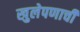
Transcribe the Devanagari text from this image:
खुलेपणाची